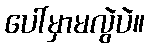
ပေါ်မှာမလွဲပဲ။